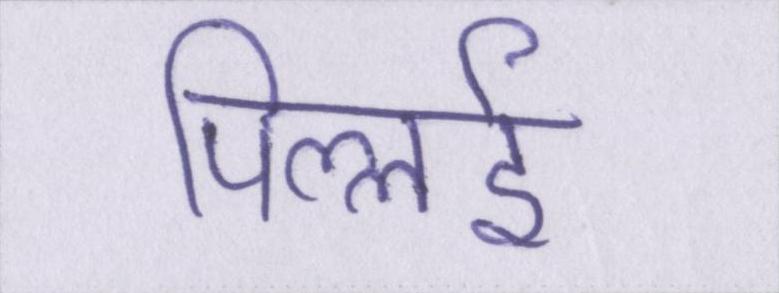
पिल्लई